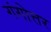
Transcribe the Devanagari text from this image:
गंगोत्तर